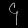
Digit: ၄